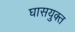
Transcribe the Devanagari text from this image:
घासयुक्त